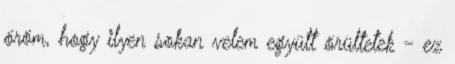
öröm, hogy ilyen sokan velem együtt örültetek - ez